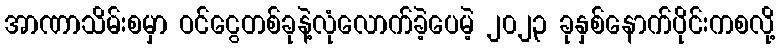
အာဏာသိမ်းစမှာ ဝင်ငွေတစ်ခုနဲ့လုံလောက်ခဲ့ပေမဲ့ ၂၀၂၃ ခုနှစ်နောက်ပိုင်းကစလို့